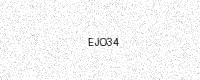
Text: EJO34